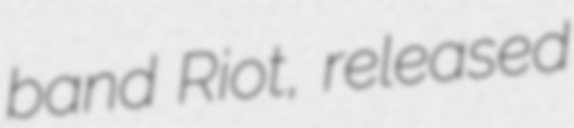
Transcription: band Riot, released